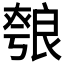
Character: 𦫐